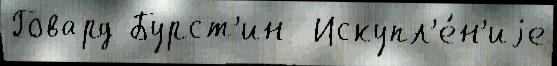
Говард Бурст'ин  Искупл'е́н'иjе